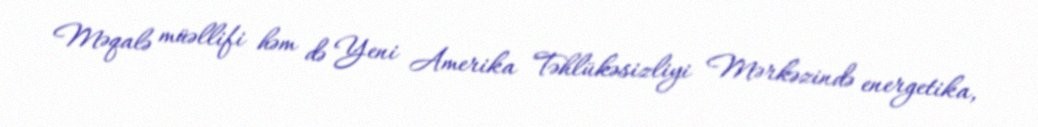
Məqalə müəllifi həm də Yeni Amerika Təhlükəsizliyi Mərkəzində energetika,